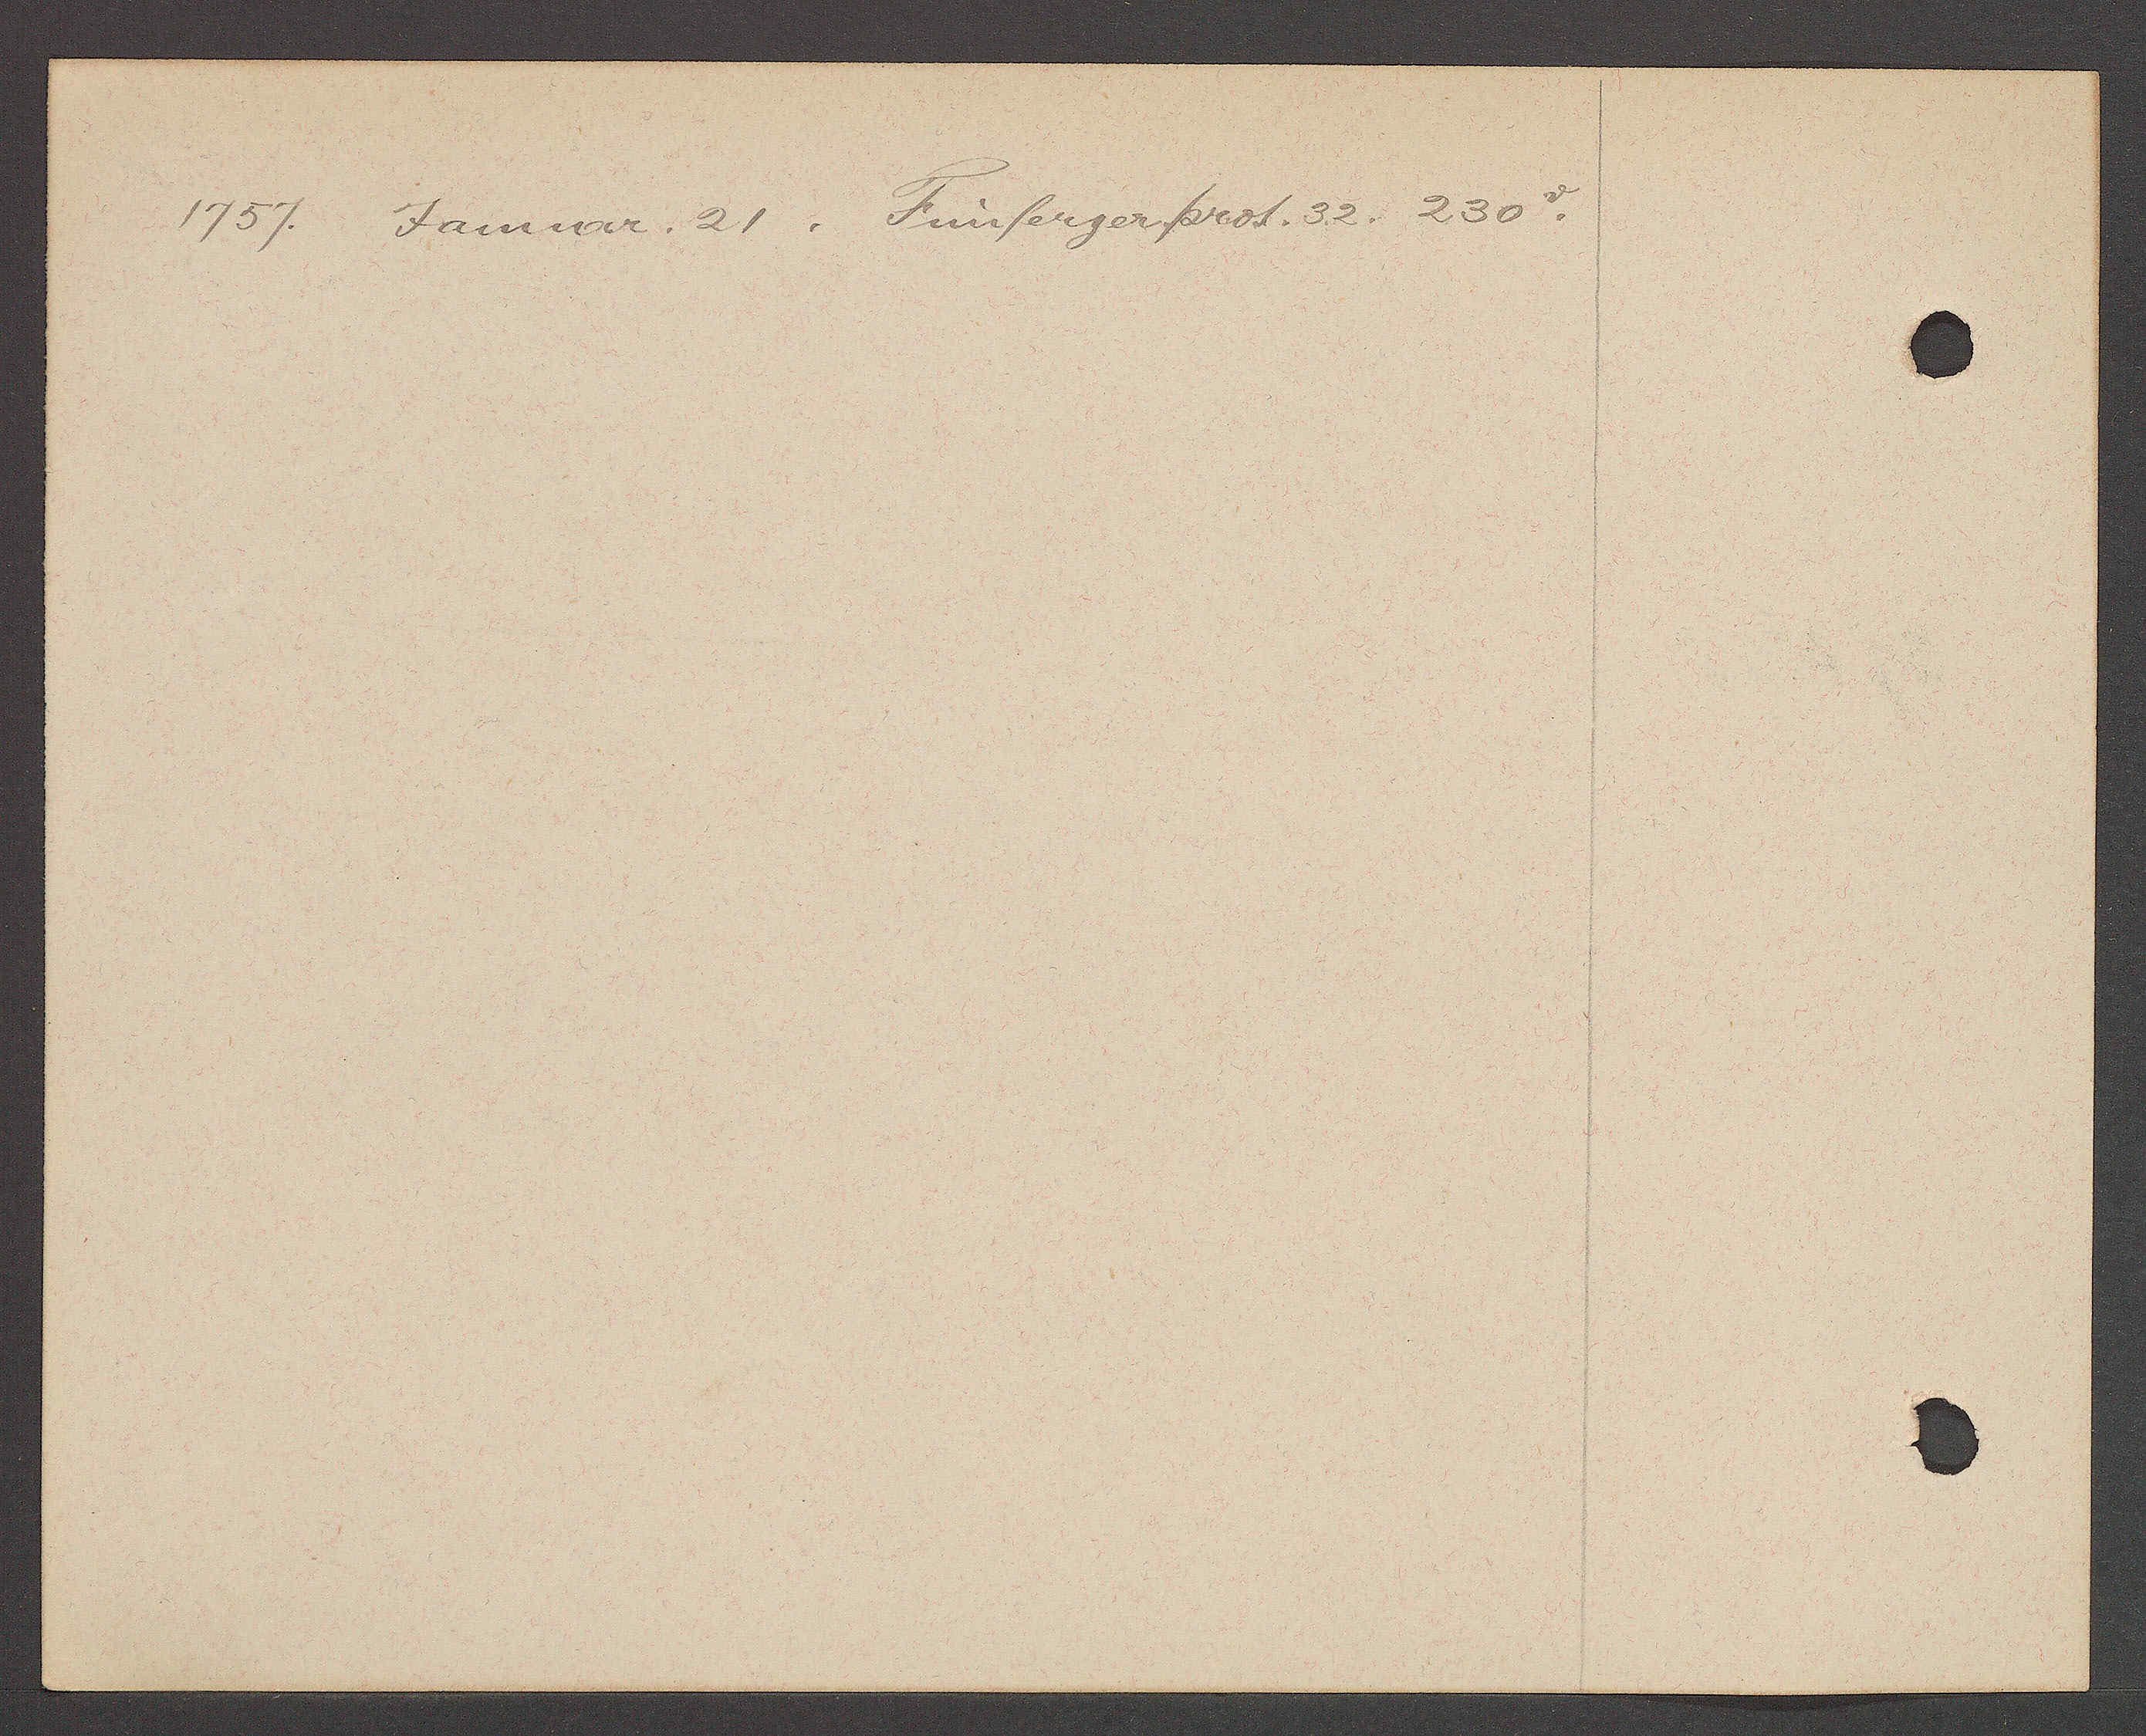
Transcript:
1757. Januar. 21 . Fünfergerprot. 32. 230 v.